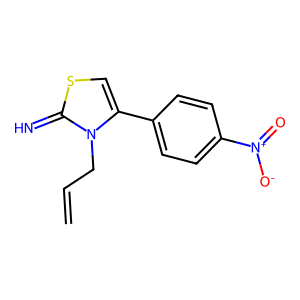
SMILES: C=CCn1c(-c2ccc([N+](=O)[O-])cc2)csc1=N
Inhibits HIV replication: No